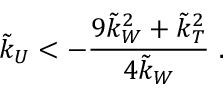
\tilde { k } _ { U } < - \frac { 9 \tilde { k } _ { W } ^ { 2 } + \tilde { k } _ { T } ^ { 2 } } { 4 \tilde { k } _ { W } } ~ .